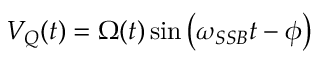
V _ { Q } ( t ) = \Omega ( t ) \sin \left( \omega _ { S S B } t - \phi \right)